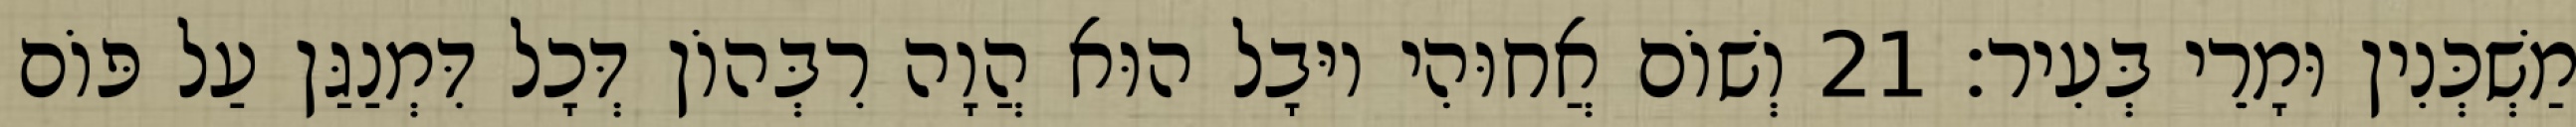
מַשְׁכְּנִין וּמָרֵי בְּעִיר׃ 21 וְשׁוֹם אֲחוּהִי יוּבָל הוּא הֲוָה רִבְּהוֹן דְּכָל דִּמְנַגַּן עַל פּוֹם